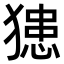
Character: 𤡟